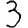
Digit: 3